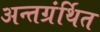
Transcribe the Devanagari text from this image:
अन्‍तग्रंर्थित